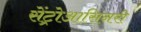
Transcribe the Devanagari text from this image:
सेंट्रोआसिनरी